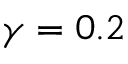
\gamma = 0 . 2